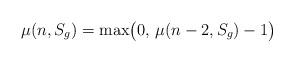
LaTeX: \begin{align*}\mu(n,S_g)=\max\bigl(0,\,\mu(n-2,S_g)-1\bigr)\qquad\end{align*}